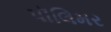
પૉલિમર